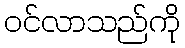
ဝင်လာသည်ကို